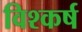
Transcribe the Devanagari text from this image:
विश्कर्ष